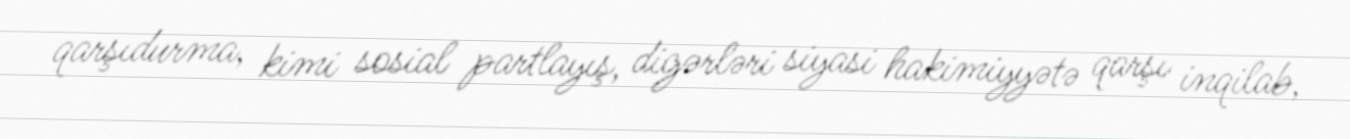
qarşıdurma, kimi sosial partlayış, digərləri siyasi hakimiyyətə qarşı inqilab,